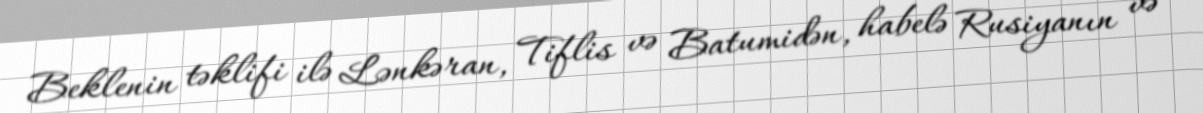
Beklenin təklifi ilə Lənkəran, Tiflis və Batumidən, habelə Rusiyanın və